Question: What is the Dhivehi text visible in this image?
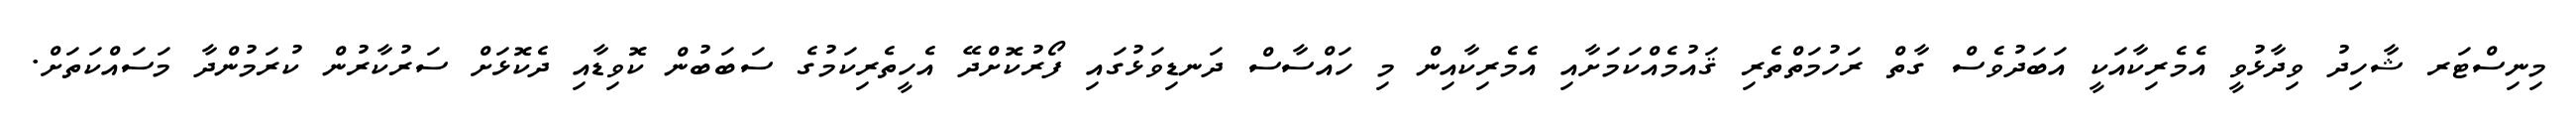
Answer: މިނިސްޓަރ ޝާހިދު ވިދާޅުވީ އެމެރިކާއަކީ އަބަދުވެސް ގާތް ރަހުމަތްތެރި ޤައުމެއްކަމަށާއި އެމެރިކާއިން މި ހައްސާސް ދަނޑިވަޅުގައި ފޯރުކޮށްދޭ އެހީތެރިކަމުގެ ސަބަބުން ކޮވިޑާއި ދެކޮޅަށް ސަރުކާރުން ކުރަމުންދާ މަސައްކަތަށް.